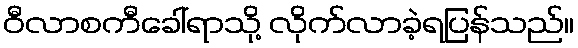
ဝီလာစကီခေါ်ရာသို့ လိုက်လာခဲ့ရပြန်သည်။